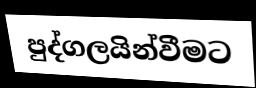
පුද්ගලයින්වීමට